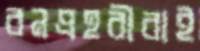
বনপ্রহরীরাই